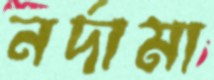
নর্দামা